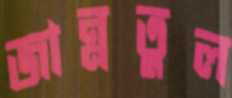
জান্নতুল